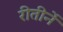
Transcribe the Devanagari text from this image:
रीतीर्ने